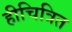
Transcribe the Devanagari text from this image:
हीचित्रित